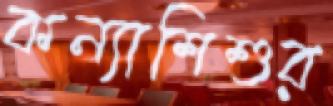
কন্যাশিশুর